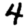
Digit: 4